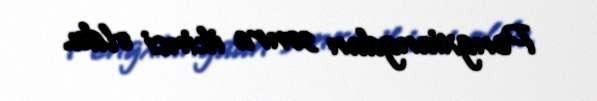
Pengxiangdan sonra ikinci oldu.